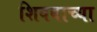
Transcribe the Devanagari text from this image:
शिवबाच्‍या